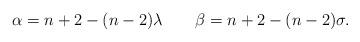
LaTeX: \begin{align*} \alpha=n+2-(n-2)\lambda \quad\quad\beta=n+2-(n-2)\sigma. \end{align*}